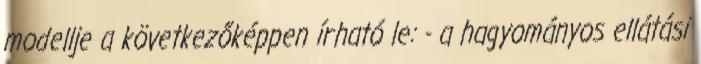
modellje a következőképpen írható le: - a hagyományos ellátási